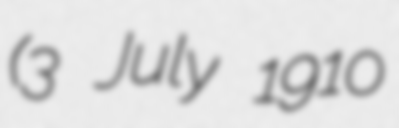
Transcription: (3 July 1910